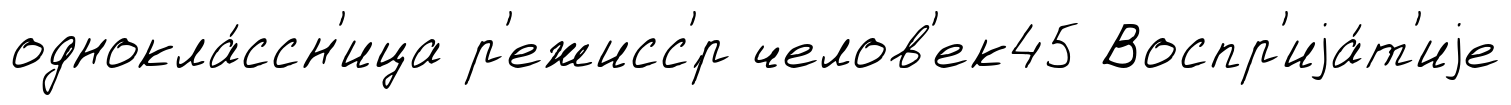
однокла́ссн'ица р'ежисс'́р челов'ек45 Воспр'иjа́т'иjе